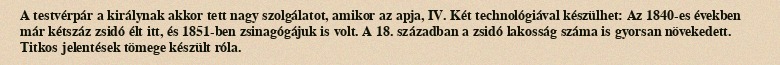
A testvérpár a királynak akkor tett nagy szolgálatot, amikor az apja, IV. Két technológiával készülhet: Az 1840-es években már kétszáz zsidó élt itt, és 1851-ben zsinagógájuk is volt. A 18. században a zsidó lakosság száma is gyorsan növekedett. Titkos jelentések tömege készült róla.